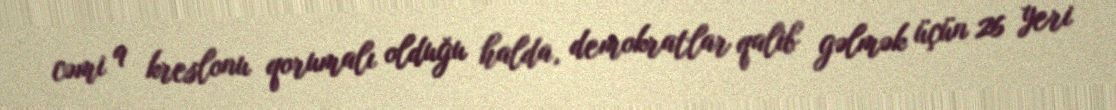
cəmi 9 kreslonu qorumalı olduğu halda, demokratlar qalib gəlmək üçün 26 yeri